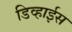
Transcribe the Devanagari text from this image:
डिव्हाईस